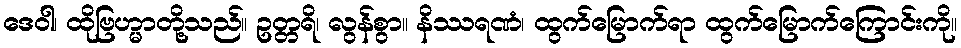
ဒေဝါ၊ ထိုဗြဟ္မာတို့သည်။ ဥတ္တရိ၊ လွန်စွာ။ နိဿရဏံ၊ ထွက်မြောက်ရာ ထွက်မြောက်ကြောင်းကို။